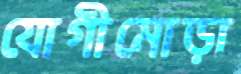
যোগীমোড়া